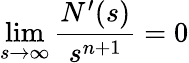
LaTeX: \operatorname*{lim}_{s\rightarrow\infty}\frac{N^{\prime}(s)}{s^{n+1}}=0